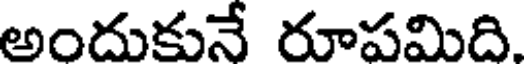
అందుకునే రూపమిది.